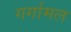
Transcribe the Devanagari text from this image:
गर्गामल